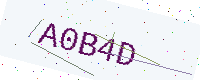
Text: A0B4D